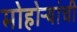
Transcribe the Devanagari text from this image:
मोहोऱ्यांची